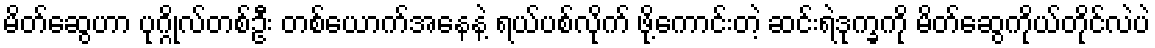
မိတ်ဆွေဟာ ပုဂ္ဂိုလ်တစ်ဦး တစ်ယောက်အနေနဲ့ ရယ်ပစ်လိုက် ဖို့ကောင်းတဲ့ ဆင်းရဲဒုက္ခကို မိတ်ဆွေကိုယ်တိုင်လဲပဲ